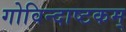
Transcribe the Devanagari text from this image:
गोविन्दाष्टकम्‌